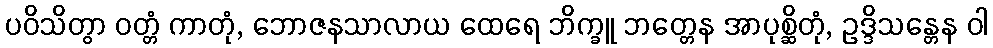
ပဝိသိတွာ ဝတ္တံ ကာတုံ, ဘောဇနသာလာယ ထေရေ ဘိက္ခူ ဘတ္တေန အာပုစ္ဆိတုံ, ဥဒ္ဒိသန္တေန ဝါ